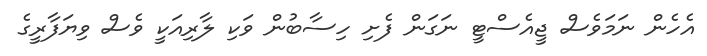
އެހެން ނަމަވެސް ޖީއެސްޓީ ނަގަން ފެށި ހިސާބުން ވަކި ލާރިއަކީ ވެސް ވިޔަފާރީގެ